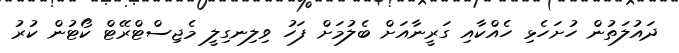
ދައުލަތުން ހުށަހެޅި ހެއްކާއި ގަރީނާއަށް ބެލުމަށް ފަހު ވިލިނގިލީ މެޖިސްޓްރޭޓް ކޯޓުން ކުރު